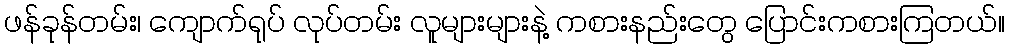
ဖန်ခုန်တမ်း၊ ကျောက်ရုပ် လုပ်တမ်း လူများများနဲ့ ကစားနည်းတွေ ပြောင်းကစားကြတယ်။